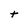
Character: t